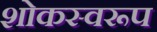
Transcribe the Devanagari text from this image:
शोकस्वरूप